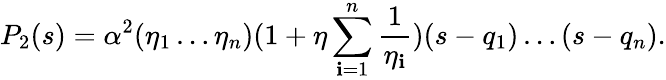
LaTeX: P_{2}(s)=\alpha^{2}(\eta_{1}\ldots\eta_{n})(1+\eta\sum_{\mathbf{i}=1}^{n}\frac{{1}}{{\eta_{\mathbf{i}}}})(s-q_{1})\ldots(s-q_{n}).